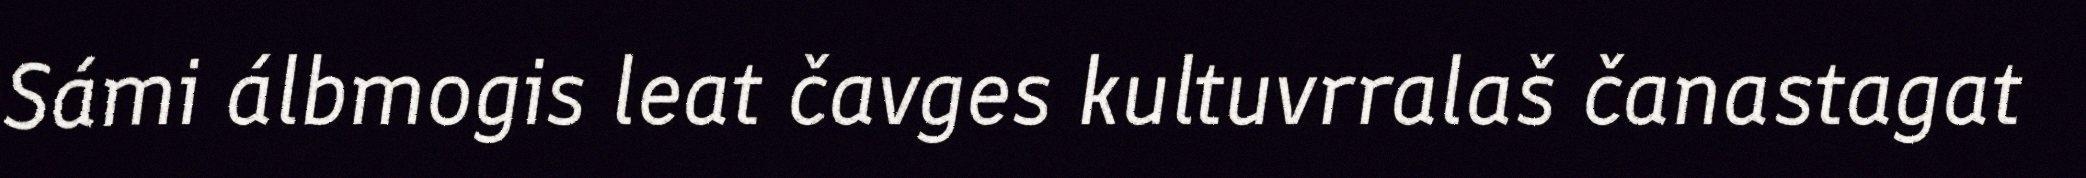
Sámi álbmogis leat čavges kultuvrralaš čanastagat